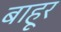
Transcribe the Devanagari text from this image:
बाहूर